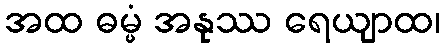
အထ ဓမ္မံ အနုဿ ရေယျာထ၊